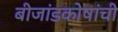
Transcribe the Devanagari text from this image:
बीजांडकोषांची